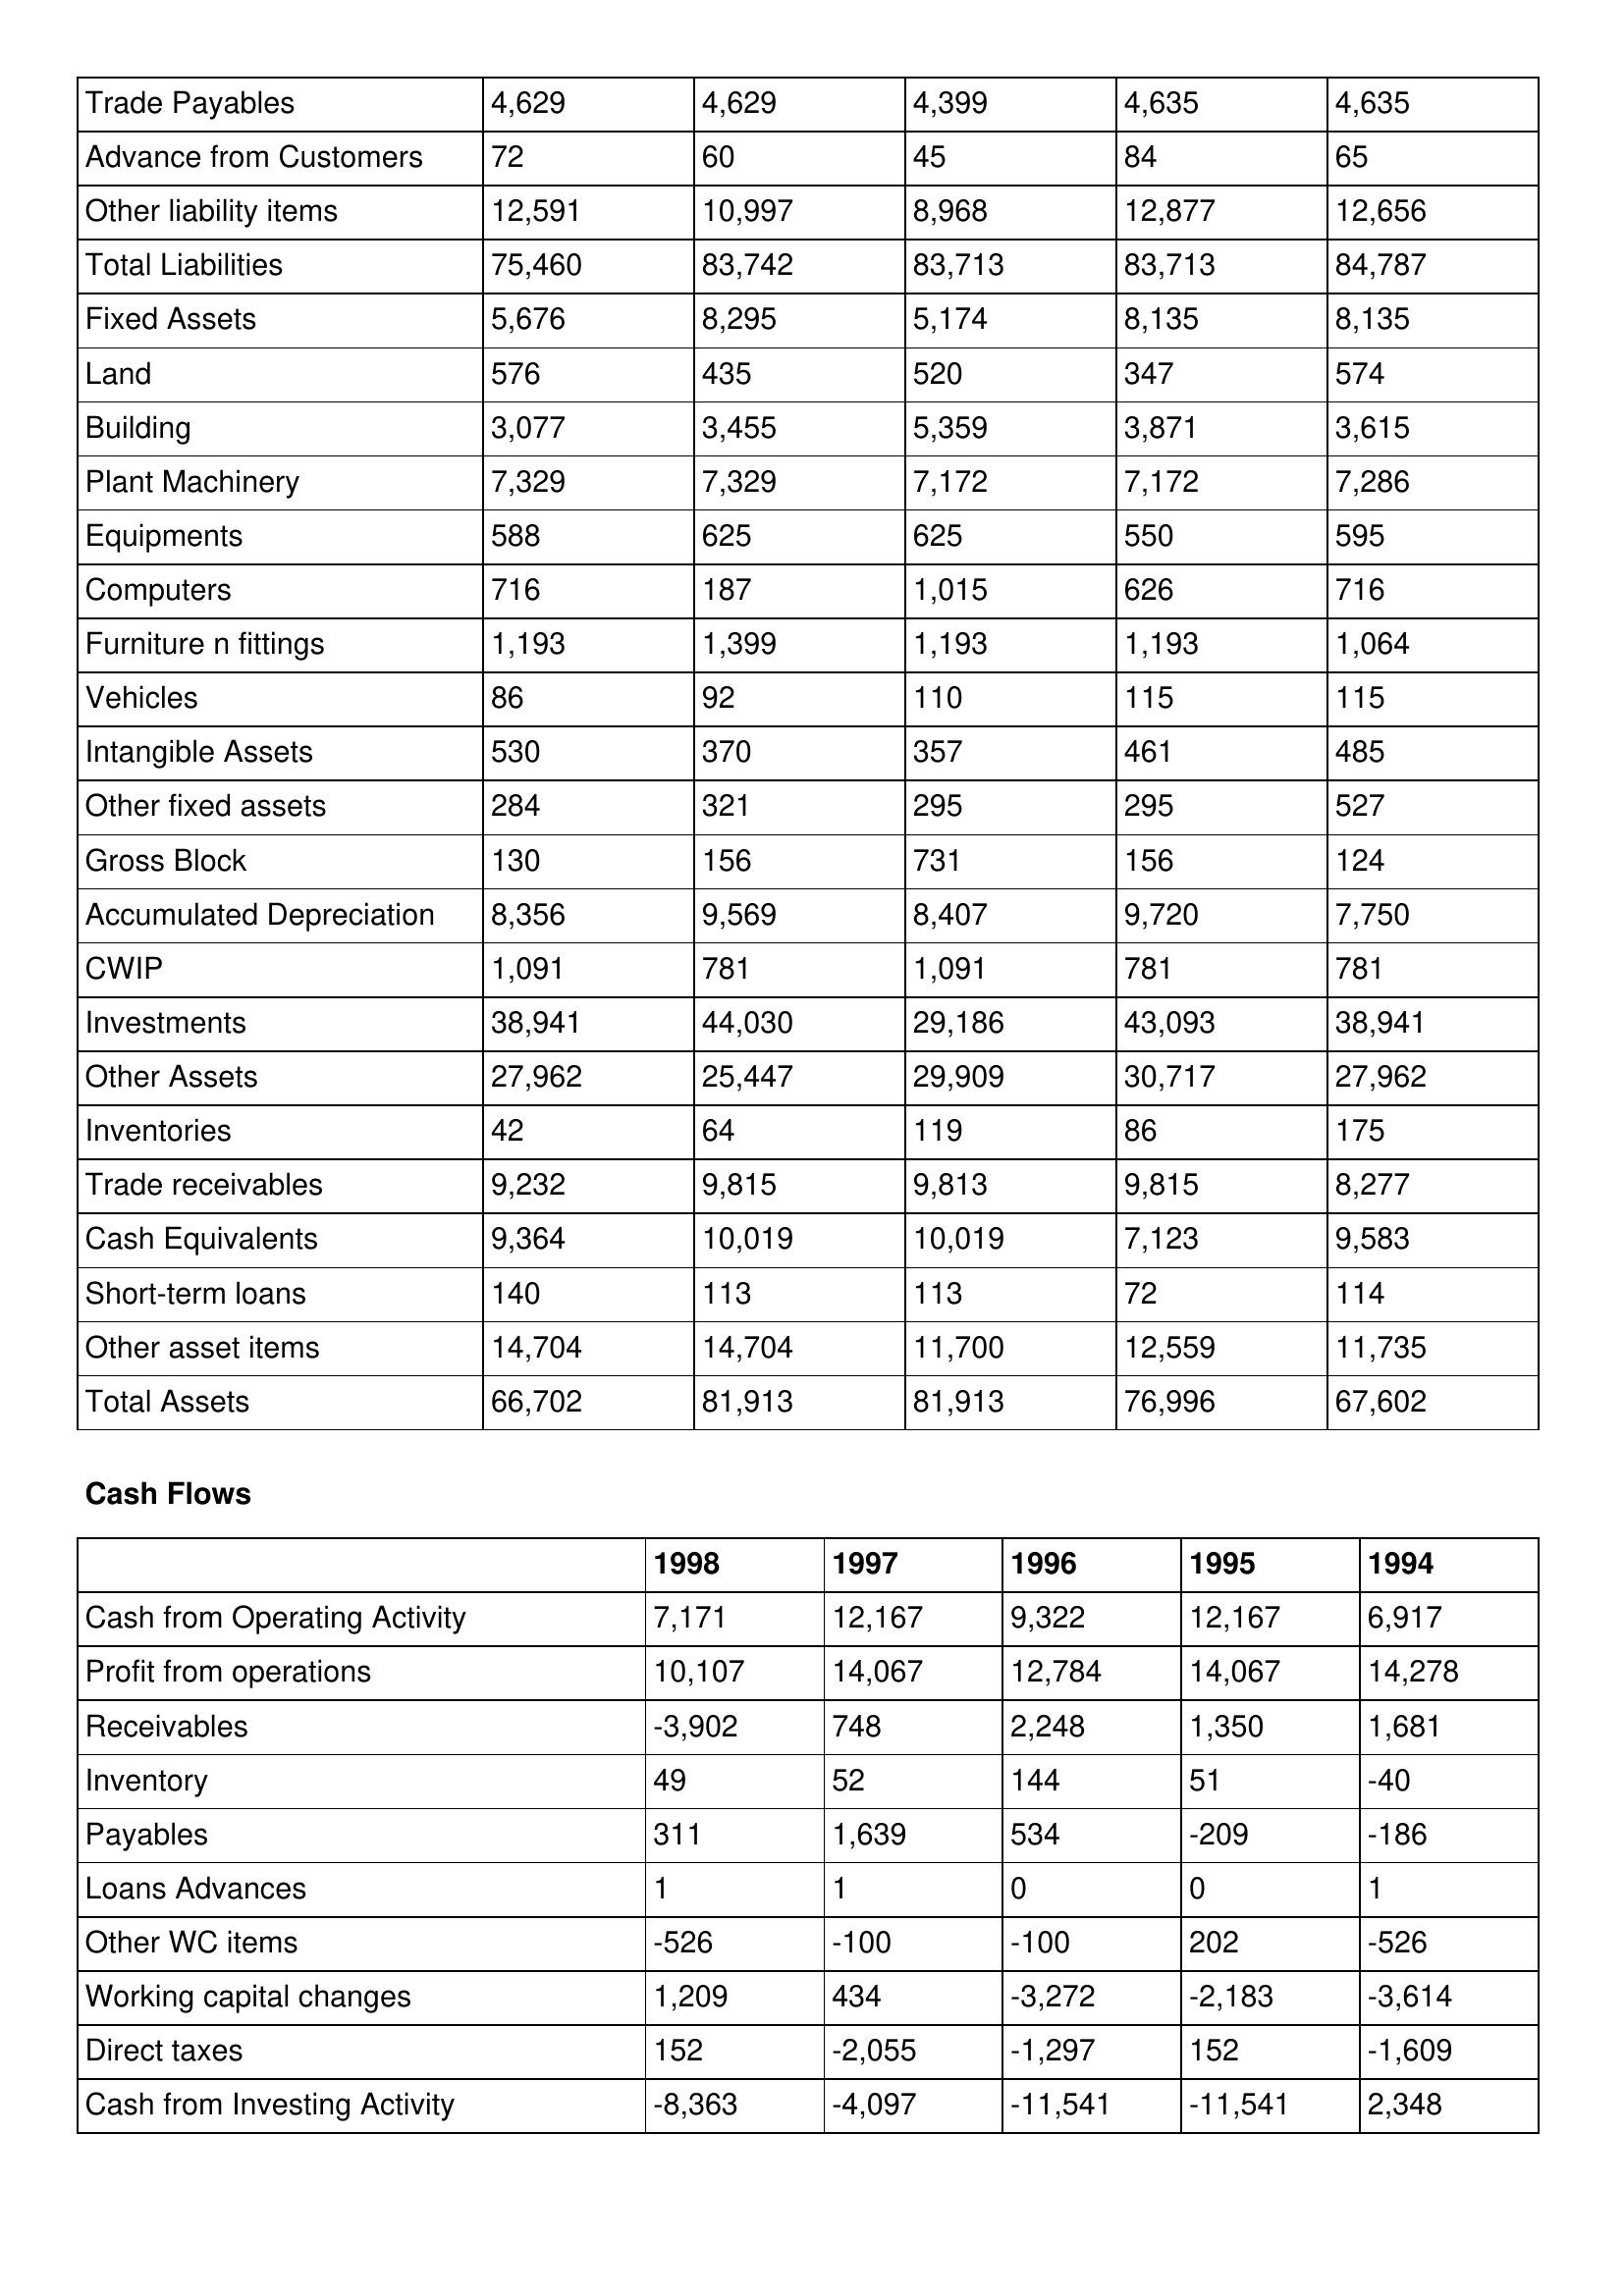
gt_parse: 1998: Balance Sheet: Trade Payables: 4,629
Advance from Customers: 72
Other liability items: 12,591
Total Liabilities: 75,460
Fixed Assets: 5,676
Land: 576
Building: 3,077
Plant Machinery: 7,329
Equipments: 588
Computers: 716
Furniture n fittings: 1,193
Vehicles: 86
Intangible Assets: 530
Other fixed assets: 284
Gross Block: 130
Accumulated Depreciation: 8,356
CWIP: 1,091
Investments: 38,941
Other Assets: 27,962
Inventories: 42
Trade receivables: 9,232
Cash Equivalents: 9,364
Short-term loans: 140
Other asset items: 14,704
Total Assets: 66,702
Cash Flows: Cash from Operating Activity: 7,171
Profit from operations: 10,107
Receivables: -3,902
Inventory: 49
Payables: 311
Loans Advances: 1
Other WC items: -526
Working capital changes: 1,209
Direct taxes: 152
Cash from Investing Activity: -8,363
1997: Balance Sheet: Trade Payables: 4,629
Advance from Customers: 60
Other liability items: 10,997
Total Liabilities: 83,742
Fixed Assets: 8,295
Land: 435
Building: 3,455
Plant Machinery: 7,329
Equipments: 625
Computers: 187
Furniture n fittings: 1,399
Vehicles: 92
Intangible Assets: 370
Other fixed assets: 321
Gross Block: 156
Accumulated Depreciation: 9,569
CWIP: 781
Investments: 44,030
Other Assets: 25,447
Inventories: 64
Trade receivables: 9,815
Cash Equivalents: 10,019
Short-term loans: 113
Other asset items: 14,704
Total Assets: 81,913
Cash Flows: Cash from Operating Activity: 12,167
Profit from operations: 14,067
Receivables: 748
Inventory: 52
Payables: 1,639
Loans Advances: 1
Other WC items: -100
Working capital changes: 434
Direct taxes: -2,055
Cash from Investing Activity: -4,097
1996: Balance Sheet: Trade Payables: 4,399
Advance from Customers: 45
Other liability items: 8,968
Total Liabilities: 83,713
Fixed Assets: 5,174
Land: 520
Building: 5,359
Plant Machinery: 7,172
Equipments: 625
Computers: 1,015
Furniture n fittings: 1,193
Vehicles: 110
Intangible Assets: 357
Other fixed assets: 295
Gross Block: 731
Accumulated Depreciation: 8,407
CWIP: 1,091
Investments: 29,186
Other Assets: 29,909
Inventories: 119
Trade receivables: 9,813
Cash Equivalents: 10,019
Short-term loans: 113
Other asset items: 11,700
Total Assets: 81,913
Cash Flows: Cash from Operating Activity: 9,322
Profit from operations: 12,784
Receivables: 2,248
Inventory: 144
Payables: 534
Loans Advances: 0
Other WC items: -100
Working capital changes: -3,272
Direct taxes: -1,297
Cash from Investing Activity: -11,541
1995: Balance Sheet: Trade Payables: 4,635
Advance from Customers: 84
Other liability items: 12,877
Total Liabilities: 83,713
Fixed Assets: 8,135
Land: 347
Building: 3,871
Plant Machinery: 7,172
Equipments: 550
Computers: 626
Furniture n fittings: 1,193
Vehicles: 115
Intangible Assets: 461
Other fixed assets: 295
Gross Block: 156
Accumulated Depreciation: 9,720
CWIP: 781
Investments: 43,093
Other Assets: 30,717
Inventories: 86
Trade receivables: 9,815
Cash Equivalents: 7,123
Short-term loans: 72
Other asset items: 12,559
Total Assets: 76,996
Cash Flows: Cash from Operating Activity: 12,167
Profit from operations: 14,067
Receivables: 1,350
Inventory: 51
Payables: -209
Loans Advances: 0
Other WC items: 202
Working capital changes: -2,183
Direct taxes: 152
Cash from Investing Activity: -11,541
1994: Balance Sheet: Trade Payables: 4,635
Advance from Customers: 65
Other liability items: 12,656
Total Liabilities: 84,787
Fixed Assets: 8,135
Land: 574
Building: 3,615
Plant Machinery: 7,286
Equipments: 595
Computers: 716
Furniture n fittings: 1,064
Vehicles: 115
Intangible Assets: 485
Other fixed assets: 527
Gross Block: 124
Accumulated Depreciation: 7,750
CWIP: 781
Investments: 38,941
Other Assets: 27,962
Inventories: 175
Trade receivables: 8,277
Cash Equivalents: 9,583
Short-term loans: 114
Other asset items: 11,735
Total Assets: 67,602
Cash Flows: Cash from Operating Activity: 6,917
Profit from operations: 14,278
Receivables: 1,681
Inventory: -40
Payables: -186
Loans Advances: 1
Other WC items: -526
Working capital changes: -3,614
Direct taxes: -1,609
Cash from Investing Activity: 2,348